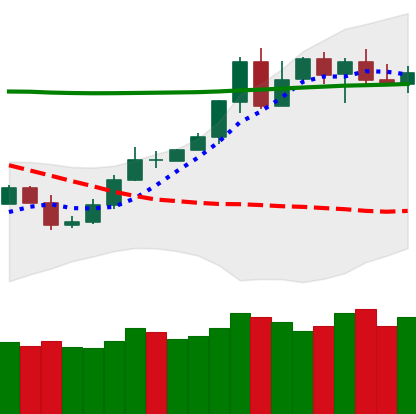
Ticker: TRX-USD
Chart end date: 2020-05-07
Forward return: -9.324%
Label: down_7plus